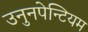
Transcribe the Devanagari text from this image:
उनुनपेन्टियम